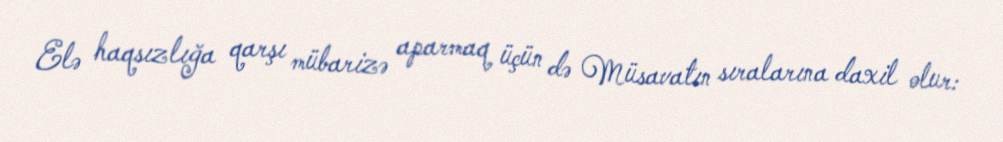
Elə haqsızlığa qarşı mübarizə aparmaq üçün də Müsavatın sıralarına daxil olur: